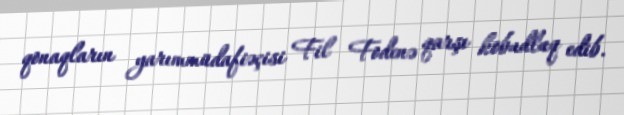
qonaqların yarımmüdafiəçisi Fil Fodenə qarşı kobudluq edib.